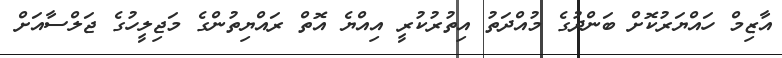
އާޒިމް ހައްޔަރުކޮށް ބަންދުގެ މުއްދަތު އިތުރުކުރީ އިއްޔެ އޮތް ރައްޔިތުންގެ މަޖިލީހުގެ ޖަލްސާއަށް